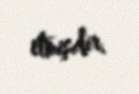
etmişdir.